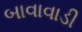
બાવાવાડી